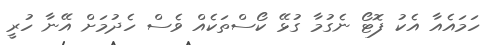
ހަމައެއާ އެކު ފޮޓޯ ނެގުމާ ގުޅޭ ކޯސްތަކެއް ވެސް ހެދުމަށް އޭނާ ހުރީ